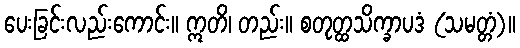
ပေးခြင်းလည်းကောင်း။ ဣတိ၊ တည်း။ စတုတ္ထသိက္ခာပဒံ (သမတ္တံ)။